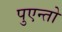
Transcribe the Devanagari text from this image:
पुएन्तो